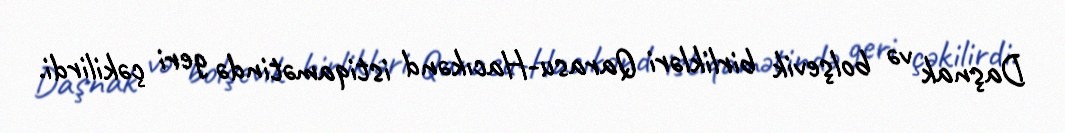
Daşnak və bolşevik birlikləri Qarasu-Hacıkənd istiqamətində geri çəkilirdi.